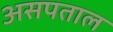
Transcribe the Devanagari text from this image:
असपताल